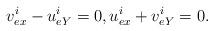
LaTeX: \begin{align*} v_{ex}^i-u_{eY}^i=0,u_{ex}^i+v_{eY}^i=0.\end{align*}